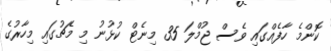
ކޮންމެ ހާފެއްގައި ވެސް ޖުމްލަ 35 މިނެޓް ކުޅުނު މި މެޗުގައި މިހާރުގެ